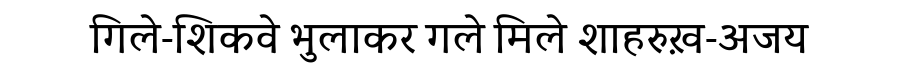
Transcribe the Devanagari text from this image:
गिले-शिकवे भुलाकर गले मिले शाहरुख़-अजय